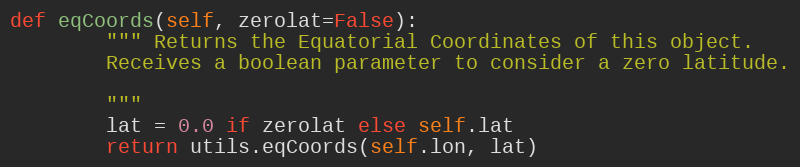
Language: Python
def eqCoords(self, zerolat=False):
        """ Returns the Equatorial Coordinates of this object.
        Receives a boolean parameter to consider a zero latitude.

        """
        lat = 0.0 if zerolat else self.lat
        return utils.eqCoords(self.lon, lat)